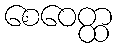
စေဝေတ္ထ